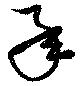
承